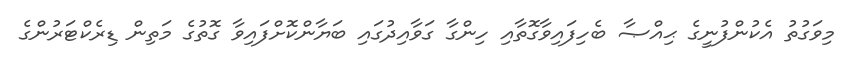
މިވަގުތު އެކުންފުނީގެ ޙިއްޞާ ބެހިފައިވާގޮތާއި ހިންގާ ގަވާއިދުގައި ބަޔާންކޮށްފައިވާ ގޮތުގެ މަތިން ޑިރެކްޓަރުންގެ